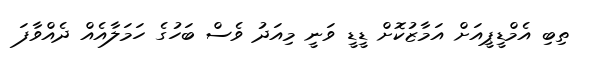
ތިބި އެމްޑީޕީއަށް އަމާޒުކޮށް ޑީޑީ ވަނީ މިއަދު ވެސް ބަހުގެ ހަމަލާއެއް ދެއްވާފަ